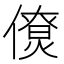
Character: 𠏗